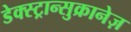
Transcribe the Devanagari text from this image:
डेक्स्ट्रान्सुक्रानेज़